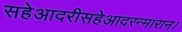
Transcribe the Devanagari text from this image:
सहेआदरीसहेआदरन्मारान।